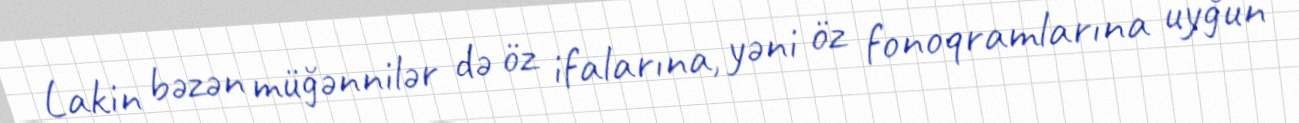
Lakin bəzən müğənnilər də öz ifalarına, yəni öz fonoqramlarına uyğun